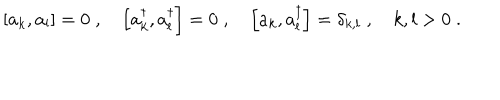
\left[ a _ { k } , a _ { l } \right] = 0 \; , \quad \left[ a _ { k } ^ { \dagger } , a _ { l } ^ { \dagger } \right] = 0 \; , \quad \left[ a _ { k } , a _ { l } ^ { \dagger } \right] = \delta _ { k , l } \; , \quad k , l > 0 \; .